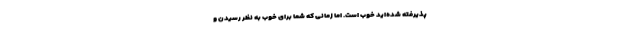
پذیرفته شده‌اید خوب است. اما زمانی که شما برای خوب به نظر رسیدن و